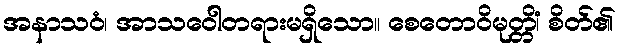
အနာသဝံ၊ အာသဝေါတရားမရှိသော။ စေတောဝိမုတ္တိံ၊ စိတ်၏